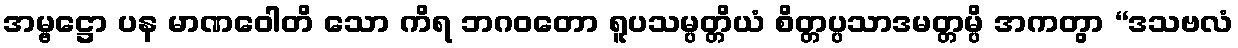
အမ္ဗဋ္ဌော ပန မာဏဝေါတိ သော ကိရ ဘဂဝတော ရူပသမ္ပတ္တိယံ စိတ္တပ္ပသာဒမတ္တမ္ပိ အကတွာ “ဒသဗလံ